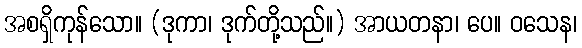
အစရှိကုန်သော။ (ဒုကာ၊ ဒုက်တို့သည်။) အာယတနာ၊ ပေ။ ဝသေန၊